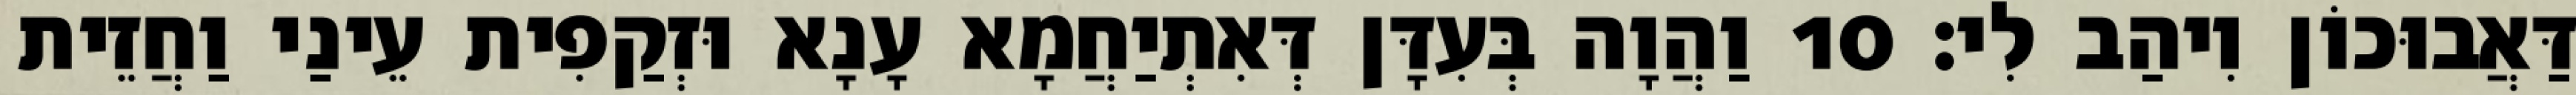
דַּאֲבוּכוֹן וִיהַב לִי׃ 10 וַהֲוָה בְּעִדָּן דְּאִתְיַחֲמָא עָנָא וּזְקַפִית עֵינַי וַחֲזֵית